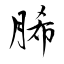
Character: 脪